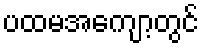
ပထမအကျော့တွင်